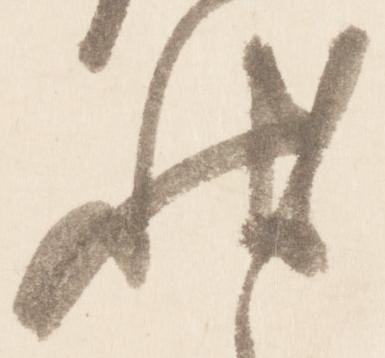
状